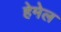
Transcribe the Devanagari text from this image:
हेमेल